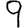
Digit: 9